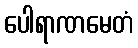
ပေါရာဏမေတံ